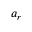
a _ { r }